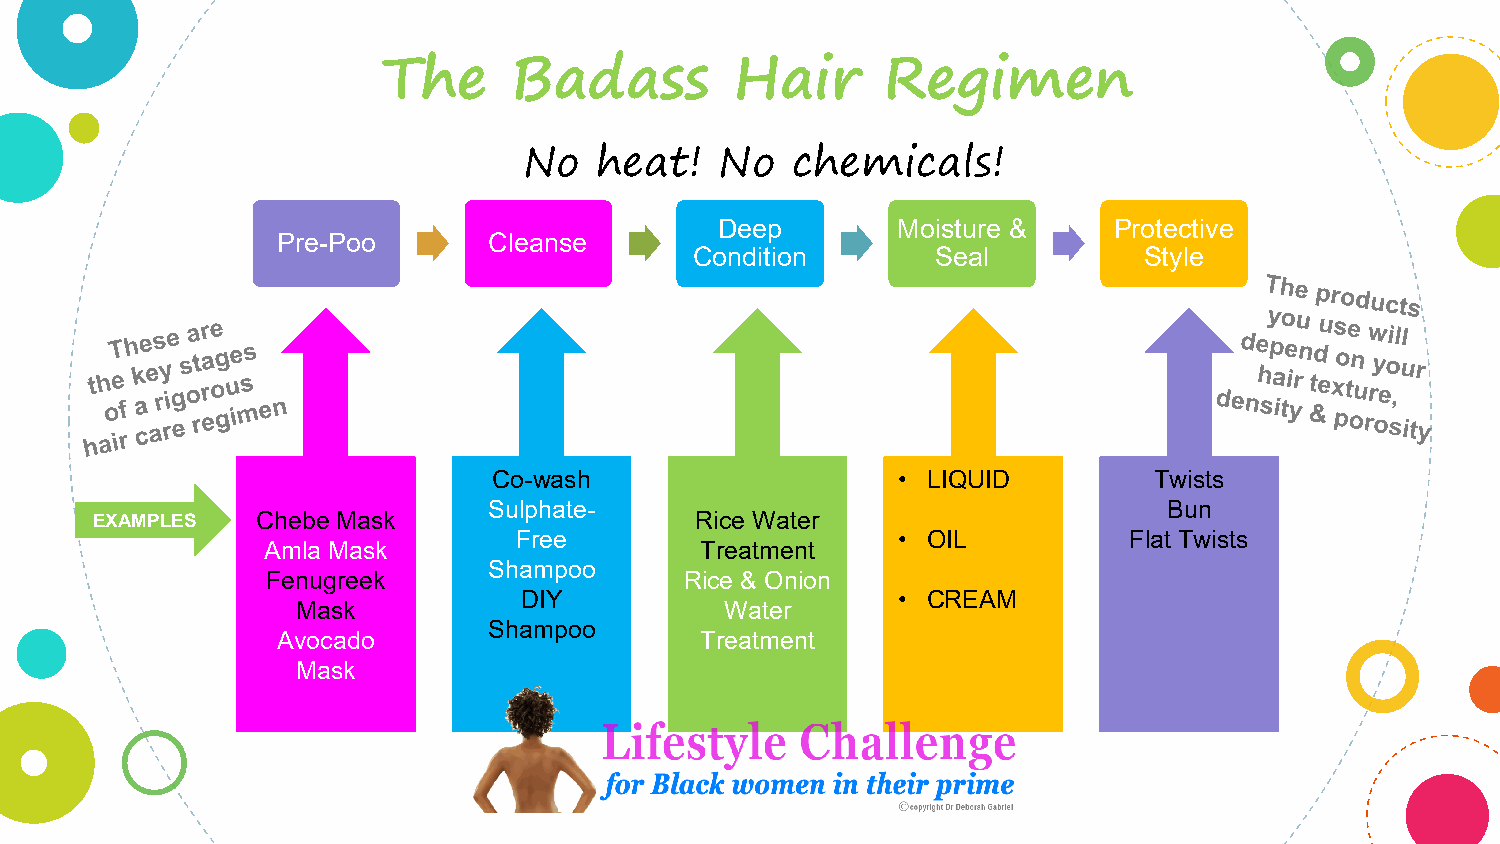
The      Badass         Hair      Regimen
 No  heat!    No  chemicals!
 Deep       Moisture &     Protective
 Pre-Poo       Cleanse
 Condition       Seal          Style
 Co-wash                   • LIQUID         Twists
 Sulphate-                                    Bun
 EXAMPLES   Chebe Mask                   Rice Water
 Free                     • OIL           Flat Twists
 Amla Mask                    Treatment
 Shampoo
 Fenugreek                  Rice & Onion
 DIY                      • CREAM
 Mask                        Water
 Shampoo
 Avocado                     Treatment
 Mask